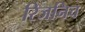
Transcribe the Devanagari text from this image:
रिजनिच